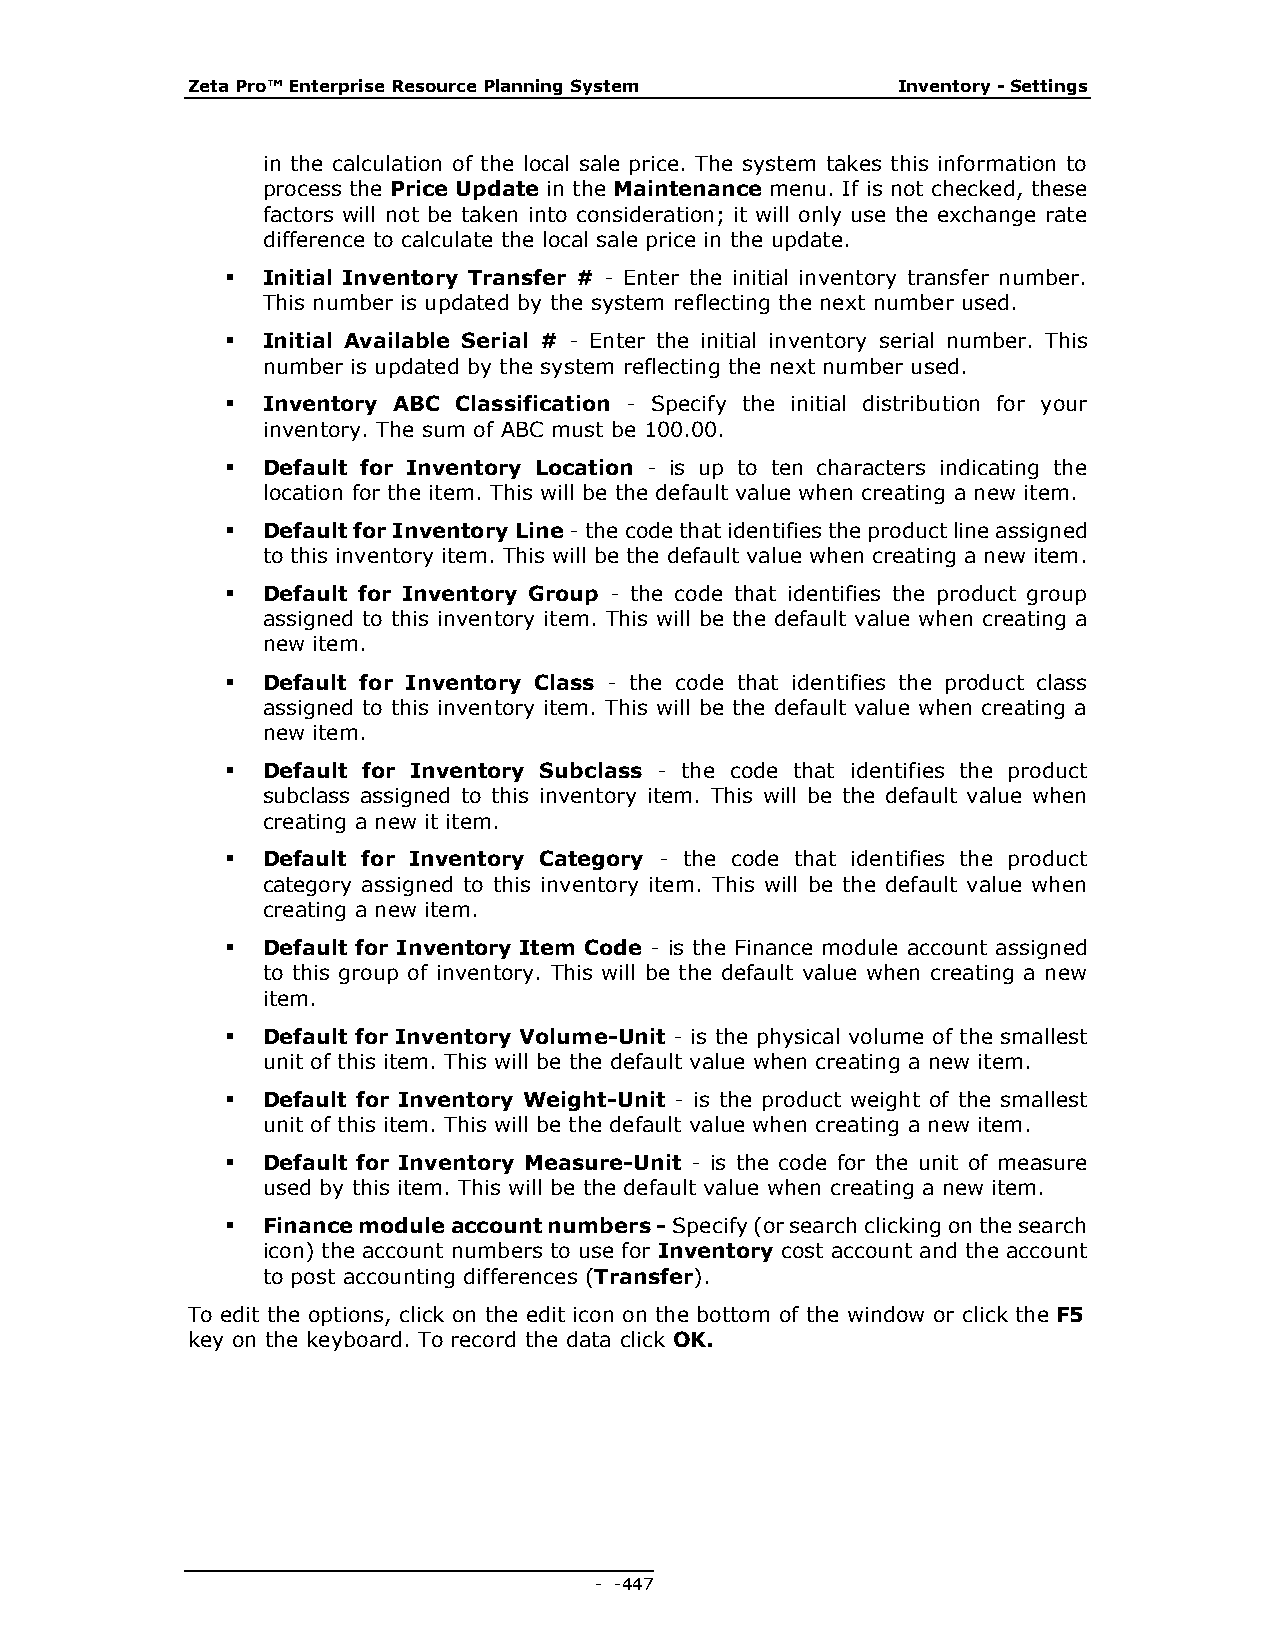
Zeta Pro™ Enterprise Resource Planning System  Inventory - Settings
 in the calculation of the local sale price. The system takes this information to
 process the Price Update in the Maintenance menu. If is not checked, these
 factors will not be taken into consideration; it will only use the exchange rate
 difference to calculate the local sale price in the update.
  Initial Inventory Transfer # - Enter the initial inventory transfer number.
 This number is updated by the system reflecting the next number used.
  Initial Available Serial # - Enter the initial inventory serial number. This
 number is updated by the system reflecting the next number used.
  Inventory ABC Classification - Specify the initial distribution for your
 inventory. The sum of ABC must be 100.00.
  Default for Inventory Location - is up to ten characters indicating the
 location for the item. This will be the default value when creating a new item.
  Default for Inventory Line - the code that identifies the product line assigned
 to this inventory item. This will be the default value when creating a new item.
  Default for Inventory Group - the code that identifies the product group
 assigned to this inventory item. This will be the default value when creating a
 new item.
  Default for Inventory Class - the code that identifies the product class
 assigned to this inventory item. This will be the default value when creating a
 new item.
  Default for Inventory Subclass - the code that identifies the product
 subclass assigned to this inventory item. This will be the default value when
 creating a new it item.
  Default for Inventory Category - the code that identifies the product
 category assigned to this inventory item. This will be the default value when
 creating a new item.
  Default for Inventory Item Code - is the Finance module account assigned
 to this group of inventory. This will be the default value when creating a new
 item.
  Default for Inventory Volume-Unit - is the physical volume of the smallest
 unit of this item. This will be the default value when creating a new item.
  Default for Inventory Weight-Unit - is the product weight of the smallest
 unit of this item. This will be the default value when creating a new item.
  Default for Inventory Measure-Unit - is the code for the unit of measure
 used by this item. This will be the default value when creating a new item.
  Finance module account numbers - Specify (or search clicking on the search
 icon) the account numbers to use for Inventory cost account and the account
 to post accounting differences (Transfer).
 To edit the options, click on the edit icon on the bottom of the window or click the F5
 key on the keyboard. To record the data click OK.
 - - 447